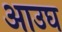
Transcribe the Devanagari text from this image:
आउघ